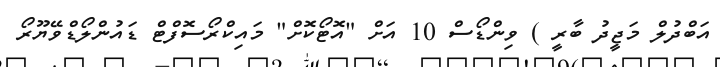
އަބްދުލް މަޖީދު ބާރީ ) ވިންޑޯސް 10 އަށް "އޮޓޯކޮށް" މައިކްރޯސޮފްޓް ޑައުންލޯޑްވޭޔޫރޯ